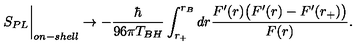
S _ { P L } \biggr \vert _ { o n - s h e l l } \rightarrow - \frac { \hbar } { 9 6 \pi T _ { B H } } \int _ { r _ { + } } ^ { r _ { B } } d r \frac { F ^ { \prime } ( r ) \bigl ( F ^ { \prime } ( r ) - F ^ { \prime } ( r _ { + } ) \bigl ) } { F ( r ) } .